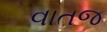
વાતજ